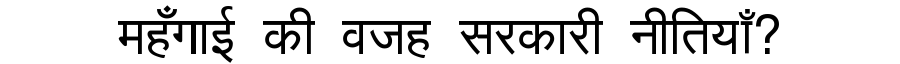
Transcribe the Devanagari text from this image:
महँगाई की वजह सरकारी नीतियाँ?